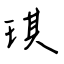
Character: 琪